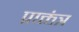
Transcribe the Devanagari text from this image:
प्राक्तंत्र